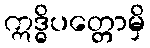
ဣဒ္ဓိပတ္တောမှိ